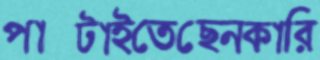
পাল্‌টাইতেছেনকারি